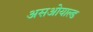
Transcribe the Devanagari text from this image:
असओयाल्ड